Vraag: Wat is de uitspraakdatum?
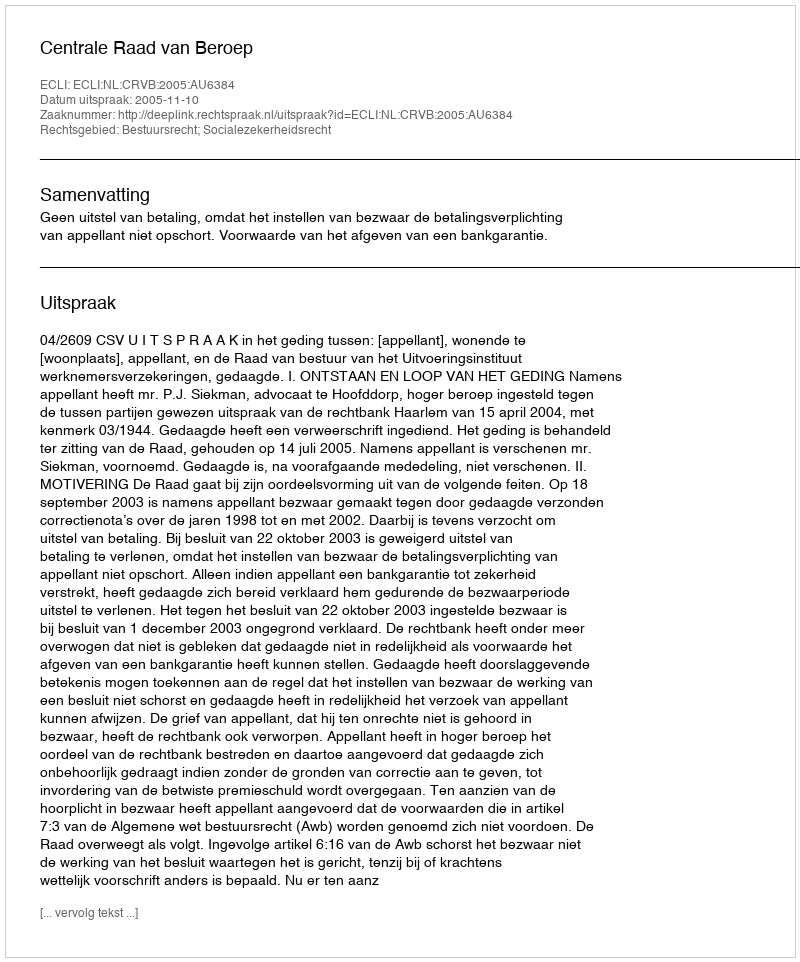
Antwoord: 2005-11-10